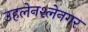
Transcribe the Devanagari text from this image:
उहलेनश्लेनगर